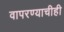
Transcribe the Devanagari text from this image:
वापरण्याचीही